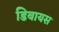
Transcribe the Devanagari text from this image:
डिबायस